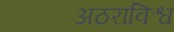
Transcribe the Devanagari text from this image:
अठराविश्व